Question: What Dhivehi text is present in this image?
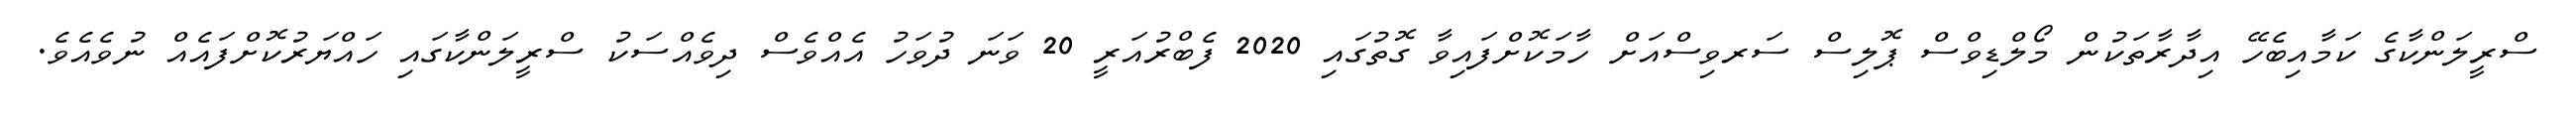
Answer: ސްރީލަންކާގެ ކަމާއިބެހޭ އިދާރާތަކުން މޯލްޑިވްސް ޕޮލިސް ސަރވިސްއަށް ހާމަކޮށްފައިވާ ގޮތުގައި 2020 ފެބްރުއަރީ 20 ވަނަ ދުވަހު އެއްވެސް ދިވެއްސަކު ސްރީލަންކާގައި ހައްޔަރުކޮށްފައެއް ނުވެއެވެ.